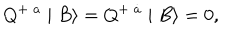
Q ^ { + \; a } \mid B \rangle = Q ^ { + \; \dot { a } } \mid B \rangle = 0 ,